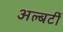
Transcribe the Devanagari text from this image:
अल्बर्टी